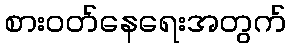
စားဝတ်နေရေးအတွက်